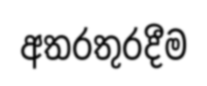
අතරතුරදීම